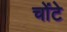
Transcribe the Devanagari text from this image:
चोंटे